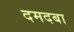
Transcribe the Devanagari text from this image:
दमदबा